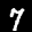
Label: 7